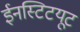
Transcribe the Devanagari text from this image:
ईनस्टिटयूट